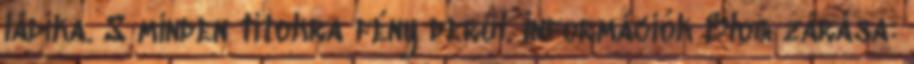
ládika. S minden titokra fény derül. Információk Blog zárása: